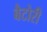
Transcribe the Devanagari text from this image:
बैटोरी